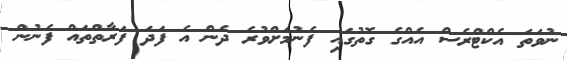
ނުވަތަ އެކްޓްރެސް އެއްގެ ގޮތުގައި ފެނުމަށްވުރެ ދެން އެ ފަދަ ފަރާތްތައް ފެނުން